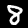
Label: 8